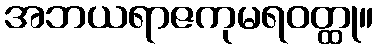
အဘယရာဇကုမရဝတ္ထု။